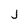
Character: j